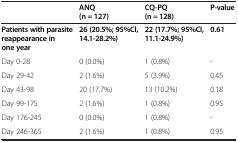
<table><thead><tr><td><b> </b></td><td><b>ANQ (n = 127)</b></td><td><b>CQ-PQ (n = 128)</b></td><td><b>P-value</b></td></tr></thead><tbody><tr><td><b>Patients with parasite reappearance in one year</b></td><td><b>26 (20.5%; 95%CI, 14.1-28.2%)</b></td><td><b>22 (17.7%; 95%CI, 11.1-24.9%)</b></td><td><b>0.61</b></td></tr><tr><td>Day 0-28</td><td>0 (0.0%)</td><td>1 (0.8%)</td><td>-</td></tr><tr><td>Day 29-42</td><td>2 (1.6%)</td><td>5 (3.9%)</td><td>0.45</td></tr><tr><td>Day 43-98</td><td>20 (17.7%)</td><td>13 (10.2%)</td><td>0.18</td></tr><tr><td>Day 99-175</td><td>2 (1.6%)</td><td>1 (0.8%)</td><td>0.95</td></tr><tr><td>Day 176-245</td><td>0 (0.0%)</td><td>1 (0.8%)</td><td>-</td></tr><tr><td>Day 246-365</td><td>2 (1.6%)</td><td>1 (0.8%)</td><td>0.95</td></tr></tbody></table>